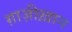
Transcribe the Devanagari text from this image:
ग़ाज़ीख़ान